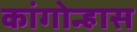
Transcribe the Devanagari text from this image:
कांगोन्हास